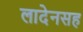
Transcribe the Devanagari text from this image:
लादेनसह